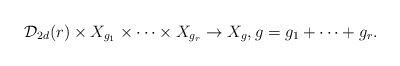
\begin{align*} \mathcal{D}_{2d}(r)\times X_{g_1} \times \cdots \times X_{g_r}\rightarrow X_{g},g = g_1+\cdots +g_r.\end{align*}